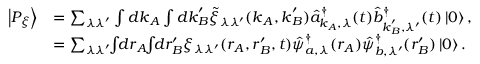
\begin{array} { r l } { \left| P _ { \xi } \right\rangle } & { = \sum _ { \lambda \lambda ^ { \prime } } \int d \boldsymbol { k } _ { A } \int d \boldsymbol { k } _ { B } ^ { \prime } \tilde { \xi } _ { \lambda \lambda ^ { \prime } } ( \boldsymbol { k } _ { A } , \boldsymbol { k } _ { B } ^ { \prime } ) \hat { a } _ { \boldsymbol { k } _ { A } , \lambda } ^ { \dagger } ( t ) \hat { b } _ { \boldsymbol { k } _ { B } ^ { \prime } , \lambda ^ { \prime } } ^ { \dagger } ( t ) \left| 0 \right\rangle , } \\ & { = \sum _ { \lambda \lambda ^ { \prime } } \! \! \int \! \! d \boldsymbol { r } _ { A } \! \! \int \! \! d \boldsymbol { r } _ { B } ^ { \prime } \xi _ { \lambda \lambda ^ { \prime } } ( \boldsymbol { r } _ { A } , \boldsymbol { r } _ { B } ^ { \prime } , t ) \hat { \psi } _ { a , \lambda } ^ { \dagger } ( \boldsymbol { r } _ { A } ) \hat { \psi } _ { b , \lambda ^ { \prime } } ^ { \dagger } ( \boldsymbol { r } _ { B } ^ { \prime } ) \left| 0 \right\rangle . } \end{array}